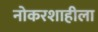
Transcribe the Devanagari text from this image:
नोकरशाहीला